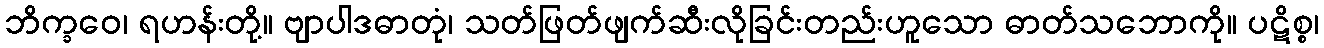
ဘိက္ခဝေ၊ ရဟန်းတို့။ ဗျာပါဒဓာတုံ၊ သတ်ဖြတ်ဖျက်ဆီးလိုခြင်းတည်းဟူသော ဓာတ်သဘောကို။ ပဋိစ္စ၊